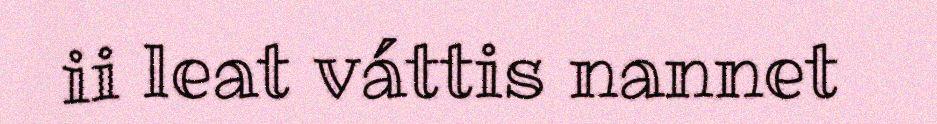
ii leat váttis nannet